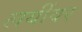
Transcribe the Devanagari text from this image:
लयींवर